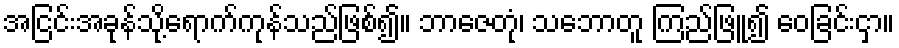
အငြင်းအခုန်သို့ရောက်ကုန်သည်ဖြစ်၍။ ဘာဇေတုံ၊ သဘောတူ ကြည်ဖြူ၍ ဝေခြင်းငှာ။